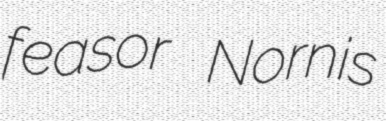
feasor Nornis